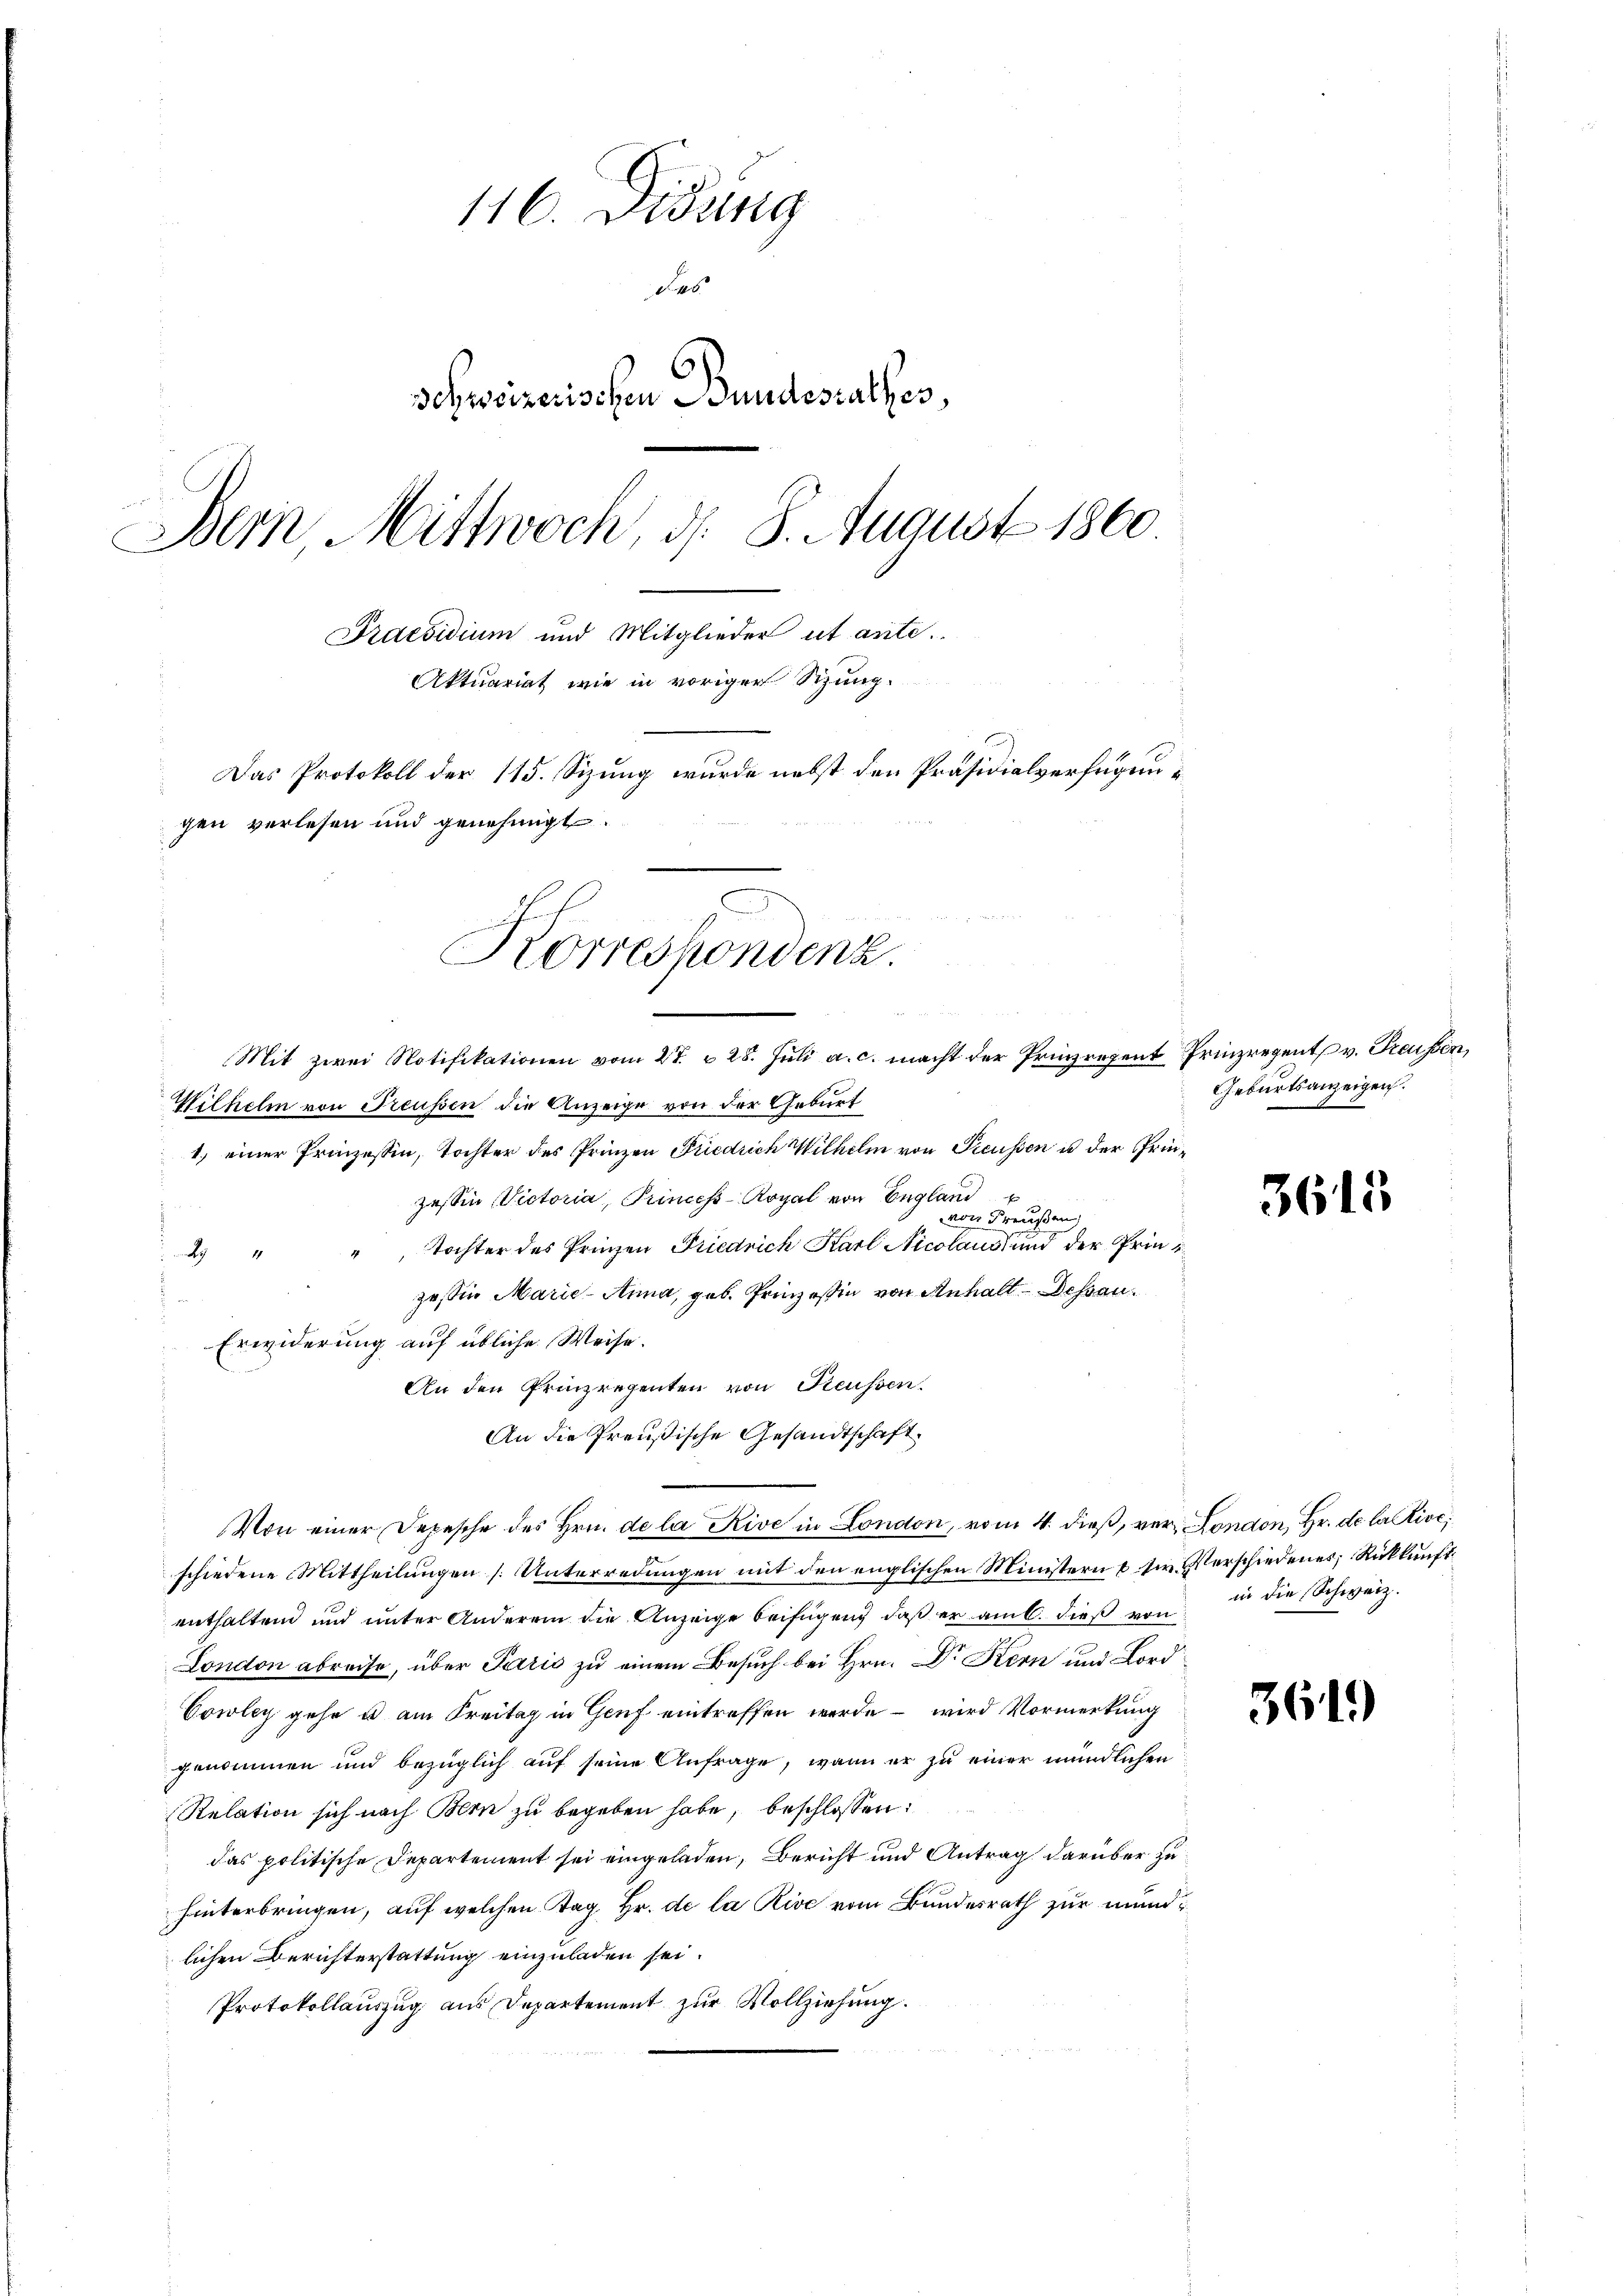
116. Didung
das
Schweizerischen Bundesrathes,
Bern Mittwoch, d. 8. August 1860
Praesidium und Mitglieder ut ante.
Aktuariat wie in voriger Sitzung.
Das Protokoll der 115. Sizung wurde nebst den Präsidialverfügungen verlesen und genehmigt.

Korrespondenz.
Mit zwei Notifikationen vom 27. 28. Jŭli a. c. macht der Prinzregent Prinzregent v. Preisen,

Wilhelm von Preussen die Anzeige von der Geburt
1.) einer Prinzessin, Tochter des Prinzen Friedrich Wilhelm von Preussen u der Prinzessin Victoria, Princes - Royal von England
von Freußen,
", Tochter des Prinzen Friedrich Karl Nicolaus und der Pries

zeßin Marie-Anna, geb. Prinzessin von Anhalt-Dessau.
Erwiderung auf übliche Weise.
An den Prinzregenten von Reussen.
An die Preußische Gesandtschaft.
Von einer Depesche des Hrn. de la Rive in London, vom 4. dieß, verondon, Hr. de lative
schiedene Mittheilungen [Unterredungen mit den englischen Ministern & sr. Verschiedenes; Rückkunft
enthaltend und unter Anderem die Anzeige beifügend daß er am k. dieß von in die Schweiz.
London abreise, über Paris zu einem Besuch bei Hrn. Dr Kern und Lord
Cowley gehe u am Freitag in Genf eintreffen werde – wird Vormerkung
genommen und bezüglich auf seine Anfrage, wenn er zu einer mündlichen
Relation sich nach Bern zu begeben habe, beschlossen:
das politische Departement sei eingeladen, Bericht und Antrag darüber zu
hinterbringen, auf welchen Tag Hr. de la Rive vom Bundesrath zur mundlichen Berichterstattung einzuladen sei.
Protokollauszug aus Departement zur Vollziehung.

Geburtsanzeigen.

3615

3619)